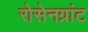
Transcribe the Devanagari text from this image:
रोसेनग्रांट